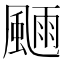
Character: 𩗿